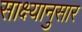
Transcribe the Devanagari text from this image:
साक्ष्यानुसार